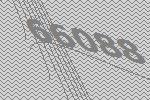
66088